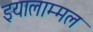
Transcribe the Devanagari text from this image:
इयालाम्मल